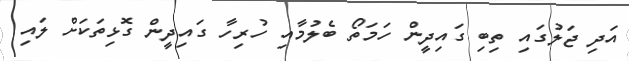
އަދި ޖަލުގައި ތިބި ގައިދީން ހަމަތޯ ބެލުމާއި ހުރިހާ ގައިދީން ގޮޅިތަކަށް ލައި